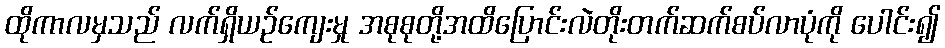
ထိုကာလမှသည် လက်ရှိယဉ်ကျေးမှု အစုစုတို့အထိပြောင်းလဲတိုးတက်ဆက်စပ်လာပုံကို ပေါင်း၍